Annual administration report of the Civil Veterinary Department of India - 1895-1896
Year: 1895
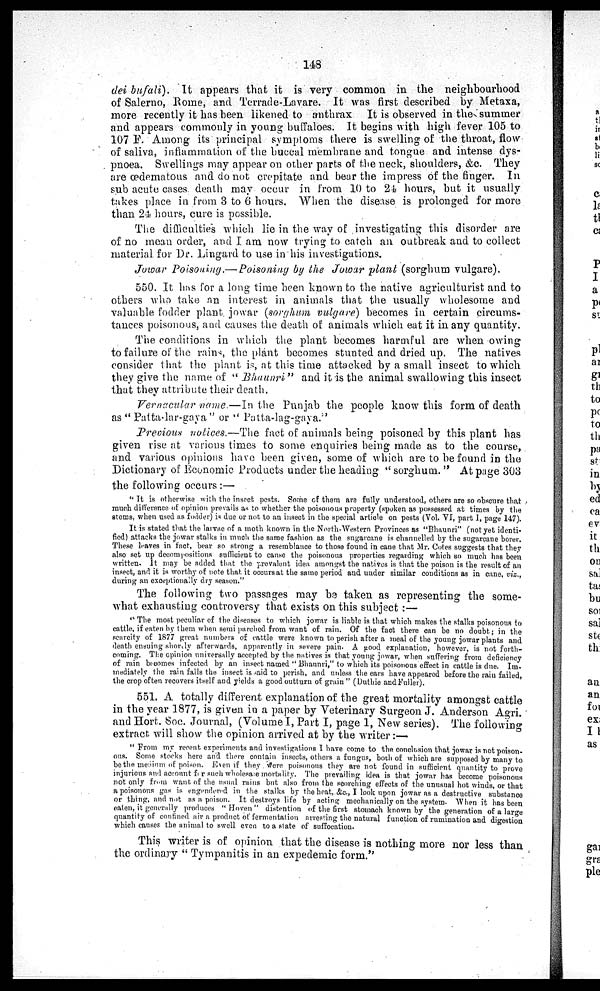
148
dei bufali). It appears that it is very common in the neighbourhood
of Salerno, Rome, and Terrade-Lavare. It was first described by Metaxa,
more recently it has been likened to anthrax It is observed in the summer
and appears commonly in young buffaloes. It begins with high fever 105 to
107 F. Among its principal symptoms there is swelling of the throat, flow
of saliva, inflammation of the buccal membrane and tongue and intense dys-
pnoea. Swellings may appear on other parts of the neck, shoulders, &c. They
are œdematous and do not crepitate and bear the impress of the finger. In
sub acute cases death may occur in from 10 to 24 hours, but it usually
takes place in from 3 to 6 hours. When the disease is prolonged for more
than 24 hours, cure is possible.
The difficulties which lie in the way of investigating this disorder are
of no mean order, and I am now trying to catch an outbreak and to collect
material for Dr. Lingard to use in his investigations.
Jowar Poisoning.—Poisoning by the Jowar plant (sorghum vulgare).
550. It has for a long time been known to the native agriculturist and to
others who take an interest in animals that the usually wholesome and
valuable fodder plant jowar (sorghum vulgare) becomes in certain circums-
tances poisonous, and causes the death of animals which eat it in any quantity.
The conditions in which the plant becomes harmful are when owing
to failure of the rains, the plant becomes stunted and dried up. The natives
consider that the plant is, at this time attacked by a small insect to which
they give the name of "Bhaunri" and it is the animal swallowing this insect
that they attribute their death.
Vernacular name.—In the Punjab the people know this form of death
as "Patta-lar-gaya" or "Patta-lag-gaya."
Previous notices.—The fact of animals being poisoned by this plant has
given rise at various times to some enquiries being made as to the course,
and various opinions have been given, some of which are to be found in the
Dictionary of Economic Products under the heading "sorghum." At page 303
the following occurs:—
"It is otherwise with the insect pests. Some of them are fully understood, others are so obscure that-
much difference of opinion prevails as to whether the poisonous property (spoken as possessed at times by the
stems, when used as fodder) is due or not to an insect in the special article on pests (Vol. VI, part 1, page 147).
It is stated that the larvae of a moth known in the North-Western Provinces as "Bhaunri" (not yet identi-
fied) attacks the jowar stalks in much the same fashion as the sugarcane is channelled by the sugarcane borer.
These leaves in fact, bear so strong a resemblance to those found in cane that Mr. Cotes suggests that they
also set up decompositions sufficient to cause the poisonous properties regarding which so much has been
written. It may be added that the prevalent idea amongst the natives is that the poison is the result of an
insect, and it is worthy of note that it occurs at the same period and under similar conditions as in cane, viz.,
during an exceptionally dry season."
The following two passages may be taken as representing the some-
what exhausting controversy that exists on this subject:—
"The most peculiar of the diseases to which jowar is liable is that which makes the stalks poisonous to
cattle, if eaten by them when semi parched from want of rain. Of the fact there can be no doubt; in the
scarcity of 1877 great numbers of cattle were known to perish after a meal of the young jowar plants and
death ensuing shortly afterwards, apparently in severe pain. A good explanation, however, is not forth-
coming. The opinion universally accepted by the natives is that young jowar, when suffering from deficiency
of rain becomes infected by an insect named "Bhaunri," to which its poisonous effect in cattle is due. Im-
mediately the rain falls the insect is said to perish, and unless the ears have appeared before the rain failed,
the crop often recovers itself and yields a good outturn of grain" (Duthie and Fuller).
551. A totally different explanation of the great mortality amongst cattle
in the year 1877, is given in a paper by Veterinary Surgeon J. Anderson Agri.
and Hort. Soc. Journal, (Volume I, Part I, page 1, New series). The following
extract will show the opinion arrived at by the writer:—
"From my recent experiments and investigations I have come to the conclusion that jowar is not poison-
ous. Some stocks here and there contain insects, others a fungus, both of which are supposed by many to
be the medium of poison. Even if they were poisonous they are not found in sufficient quantity to prove
injurious and account for such wholesale mortality. The prevailing idea is that jowar has become poisonous
not only from want, of the usual rains but also from the scorching effects of the unusual hot winds, or that
a poisonous gas is engendered in the stalks by the heat, &c., I look upon jowar as a destructive substance
or thing, and not as a poison. It destroys life by acting mechanically on the system. When it has been
eaten, it generally produces "Hoven" distention of the first stomach known by the generation of a large
quantity of confined air a product of fermentation arresting the natural function of rumination and digestion
which causes the animal to swell even to a state of suffocation.
This writer is of opinion that the disease is nothing more nor less than
the ordinary "Tympanitis in an expedemic form."